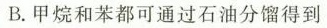
B.甲烷和苯都可通过石油分馏得到